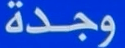
وجدة